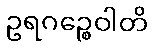
ဥရဂဉ္စေဝါတိ